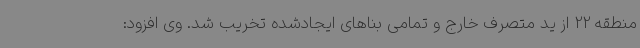
منطقه 22 از ید متصرف خارج و تمامی بناهای ایجادشده تخریب شد. وی افزود: